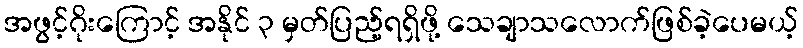
အဖွင့်ဂိုးကြောင့် အနိုင် ၃ မှတ်ပြည့်ရရှိဖို့ သေချာသလောက်ဖြစ်ခဲ့ပေမယ့်